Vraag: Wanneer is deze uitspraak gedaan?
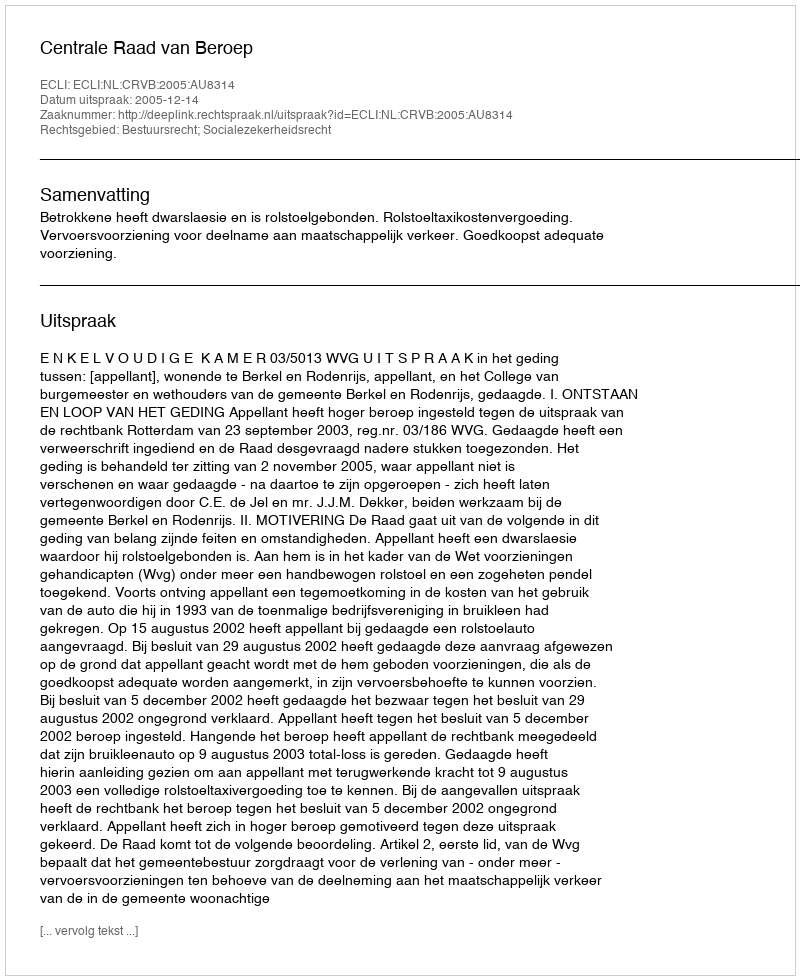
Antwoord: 2005-12-14